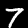
Digit: 7